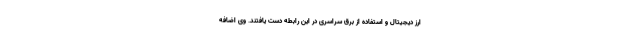
ارز دیجیتال و استفاده از برق سراسری در این رابطه دست یافتند. وی اضافه